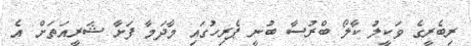
ރިބެރީގެ ވަކީލު ކާލޯ ބްރުސާ ބުނީ ޕެރިހުގައި މާދަމާ ފަށާ ޝަރީއަތަށް އެ